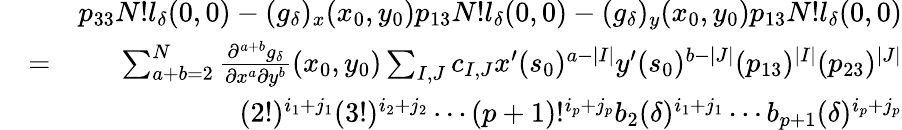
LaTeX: \begin{array}{rlr}&{}&{p_{33}N!l_{\delta}(0,0)-(g_{\delta})_{x}(x_{0},y_{0})p_{13}N!l_{\delta}(0,0)-(g_{\delta})_{y}(x_{0},y_{0})p_{13}N!l_{\delta}(0,0)}\\ &{=}&{\sum_{a+b=2}^{N}\frac{\partial^{a+b}g_{\delta}}{\partial x^{a}\partial y^{b}}(x_{0},y_{0})\sum_{I,J}c_{I,J}x^{\prime}(s_{0})^{a-|I|}y^{\prime}(s_{0})^{b-|J|}(p_{13})^{|I|}(p_{23})^{|J|}}\\ &{}&{(2!)^{i_{1}+j_{1}}(3!)^{i_{2}+j_{2}}\cdots(p+1)!^{i_{p}+j_{p}}b_{2}(\delta)^{i_{1}+j_{1}}\cdots b_{p+1}(\delta)^{i_{p}+j_{p}}}\end{array}